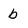
Character: b